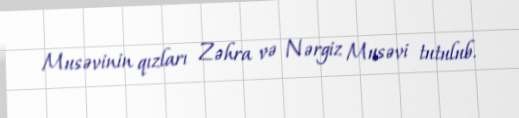
Musəvinin qızları Zəhra və Nərgiz Musəvi tutulub.